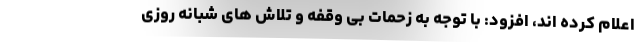
اعلام کرده اند، افزود: با توجه به زحمات بی وقفه و تلاش های شبانه روزی